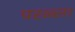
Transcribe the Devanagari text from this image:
परळ्ला